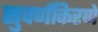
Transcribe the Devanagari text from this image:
सुवर्णकिरणे